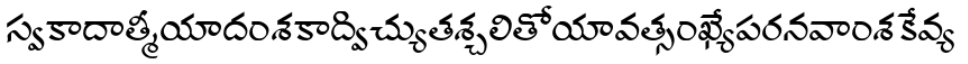
స్వకాదాత్మీయాదంశకాద్విచ్యుతశ్చలితోయావత్సంఖ్యేపరనవాంశకేవ్య